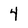
Character: 4